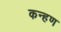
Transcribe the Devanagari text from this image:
कन्हण